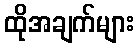
ထိုအချက်များ